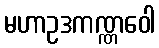
မဟာဥဒကဏ္ဏဝေါ